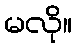
မလို။